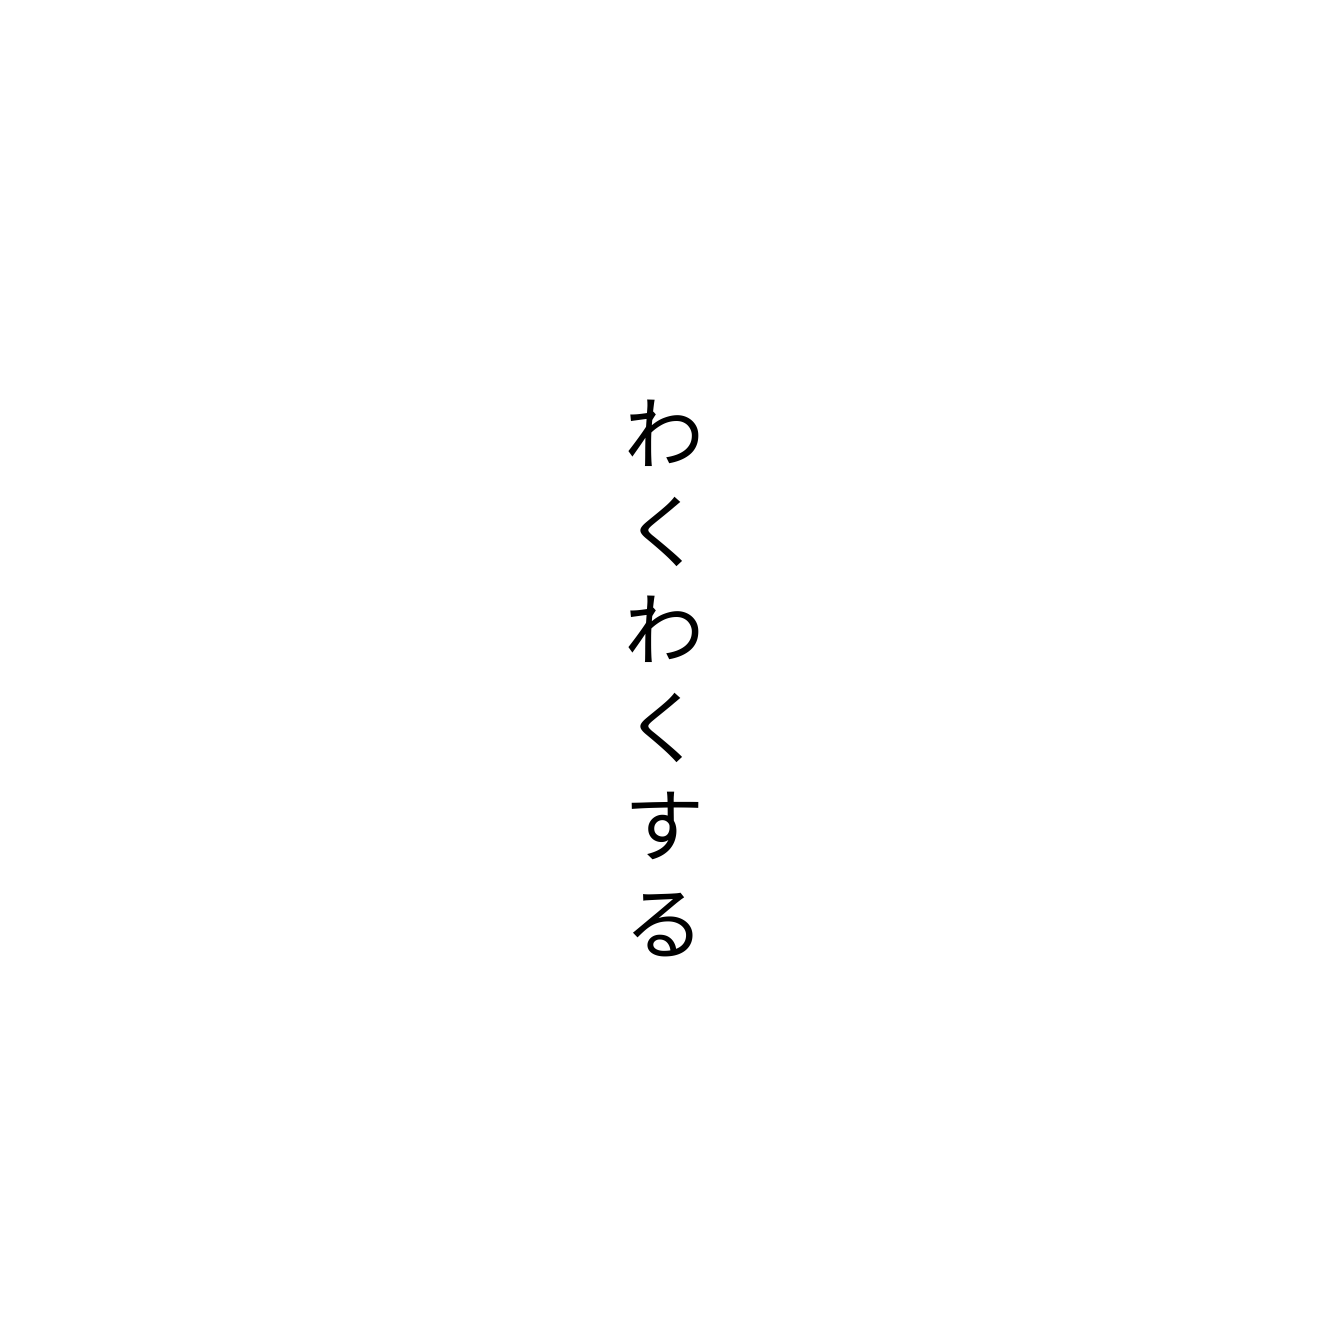
わくわくする